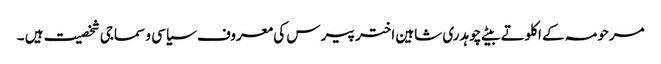
مرحومہ کے اکلوتے بیٹے چوہدری شاہین اختر پیر س کی معروف سیاسی و سماجی شخصیت ہیں ۔